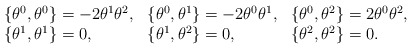
\begin{align*}\begin{array}{lll}\{\theta^0,\theta^0\}=-2\theta^1\theta^2,&\{\theta^0,\theta^1\}=-2\theta^0\theta^1,&\{\theta^0,\theta^2\}=2\theta^0\theta^2, \\\{\theta^1,\theta^1\}=0,&\{\theta^1,\theta^2\}=0,&\{\theta^2,\theta^2\}=0.\end{array}\end{align*}